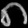
Digit: ၈